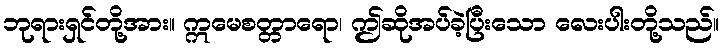
ဘုရားရှင်တို့အား။ ဣမေစတ္တာရော၊ ဤဆိုအပ်ခဲ့ပြီးသော လေးပါးတို့သည်။